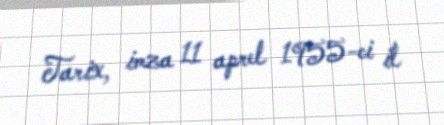
Tarix, imza 11 aprel 1955-ci il